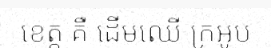
ខេត្ត គឺ ដើមឈើ ក្រអូប